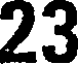
23